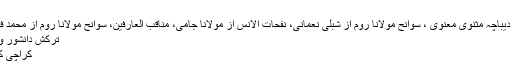
اقبال
ماخذ کتب: دیباچہ مثنوی معنوی ، سوانح مولانا روم از شبلی نعمانی، نفحات الانس از مولانا جامی، مناقب العارفین، سوانح مولانا روم از محمد فتح اللہ گلین
ترکش دانشور و ماہر تعلیم
کراچی کا مدوجزر۔